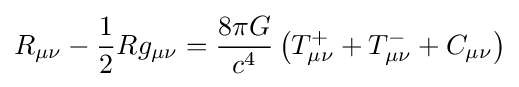
R_{\mu \nu }-{\frac {1}{2}}Rg_{\mu \nu }={\frac {8\pi G}{c^{4}}}\left(T_{\mu \nu }^{+}+T_{\mu \nu }^{-}+C_{\mu \nu }\right)